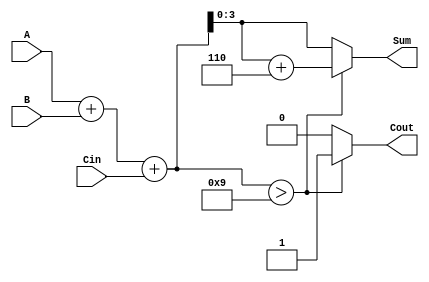
module BCD_Adder (
    input [3:0] A,      // First BCD digit
    input [3:0] B,      // Second BCD digit
    input Cin,          // Carry-in
    output reg [3:0] Sum, // BCD Sum
    output reg Cout       // Carry-out
);

    wire [4:0] R; // 5-bit wire to hold binary sum

    // Step 1: Perform binary addition
    assign R = A + B + Cin;

    // Step 2: BCD Correction
    always @(*) begin
        // Reset outputs
        Sum = 4'b0000;
        Cout = 1'b0;

        // Check if correction is needed
        if (R > 9) begin
            // Apply correction: R = R + 6
            Sum = R + 5'b00110;
            Cout = 1'b1; // Set carry-out if correction is applied
        end else begin
            Sum = R[3:0]; // No correction needed, use the lower 4 bits
        end
    end

endmodule